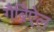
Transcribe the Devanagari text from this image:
गैब्रिऐल